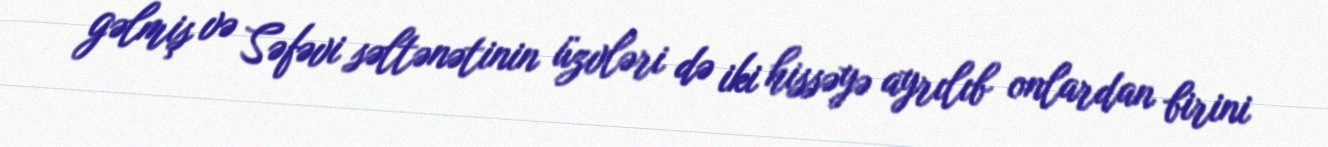
gəlmiş və Səfəvi səltənətinin üzvləri də iki hissəyə ayrılıb onlardan birini